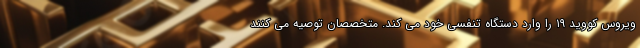
ویروس کووید ۱۹ را وارد دستگاه تنفسی خود می کند. متخصصان توصیه می کنند